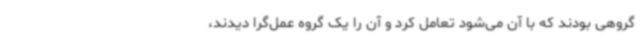
گروهی بودند که با آن می‌شود تعامل کرد و آن را یک گروه عمل‌گرا دیدند،